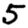
Digit: 5